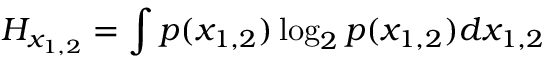
H _ { x _ { 1 , 2 } } = \int p ( x _ { 1 , 2 } ) \log _ { 2 } p ( x _ { 1 , 2 } ) d x _ { 1 , 2 }